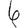
Digit: 6